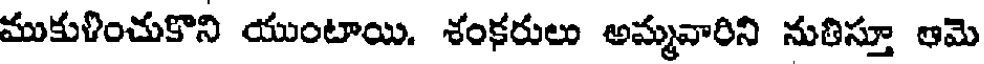
ముకుళించుకొని యుంటాయి. శంకరులు అమ్మవారిని నుతిస్తూ ఆమె